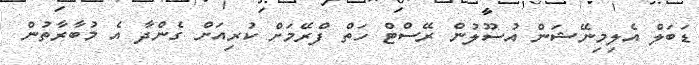
ޑަބަލް އެލިމިނޭޝަން އުސޫލުން ރޭސްޓް ހަތް ފްރޭމަށް ކުރިއަށް ގެންދާ އެ މުބާރާތުން